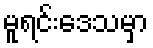
မူရင်းဒေသမှာ